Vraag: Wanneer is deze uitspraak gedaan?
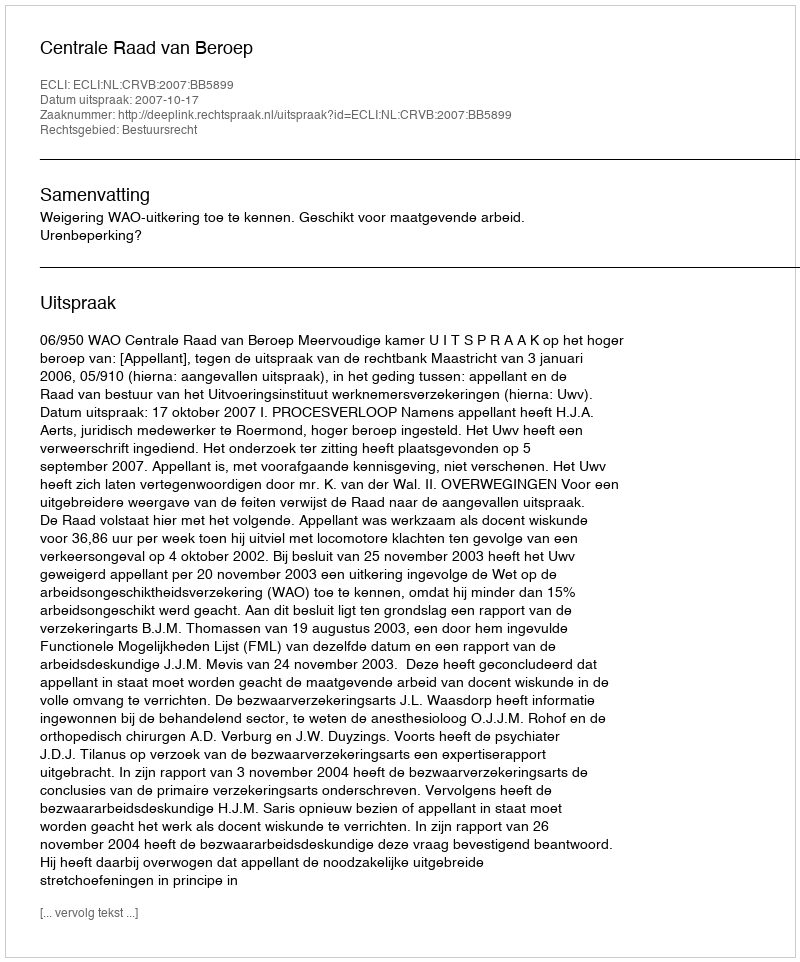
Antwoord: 2007-10-17